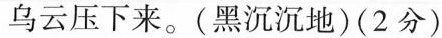
乌云压下来。(黑沉沉地)(2分)